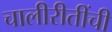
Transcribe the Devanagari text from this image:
चालीरीतींची